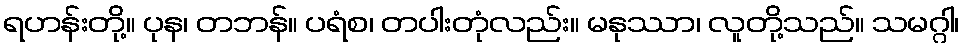
ရဟန်းတို့။ ပုန၊ တဘန်။ ပရံစ၊ တပါးတုံလည်း။ မနုဿာ၊ လူတို့သည်။ သမဂ္ဂါ၊